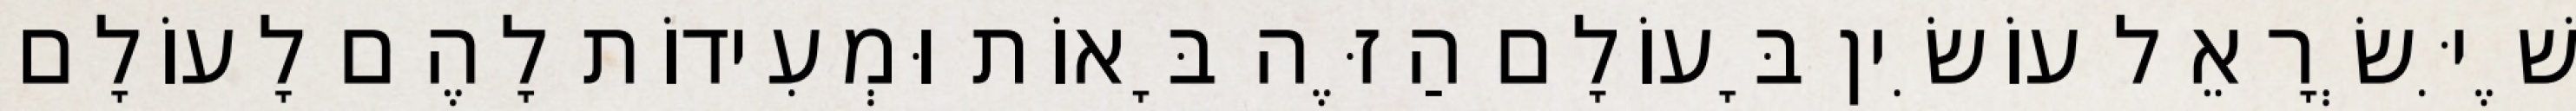
שֶׁיִּשְׂרָאֵל עוֹשִׂין בָּעוֹלָם הַזֶּה בָּאוֹת וּמְעִידוֹת לָהֶם לָעוֹלָם